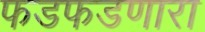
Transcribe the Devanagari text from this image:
फडफडणारा